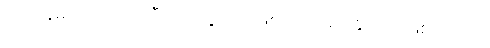
ပတ်နေမှသာလျှင် အဲဒီ ဂြိုဟ်ရဲ့ လအဖြစ် သတ်မှတ်နိုင်တာ ဖြစ်ပါတယ်။